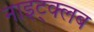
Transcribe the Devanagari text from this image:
नाइट्क्लब